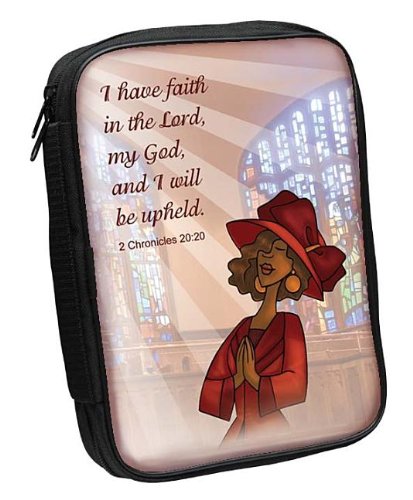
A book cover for I Have Faith Fabric Large Black Bible Cover; Christian Books & Bibles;